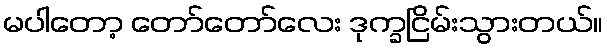
မပါတော့ တော်တော်လေး ဒုက္ခငြိမ်းသွားတယ်။